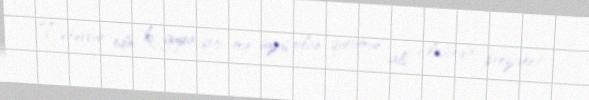
Təsəvvür edin ki, guya 600 min üzvü olan qurumun ali iclasında prezident